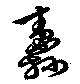
纛